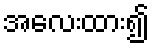
အလေးထား၍